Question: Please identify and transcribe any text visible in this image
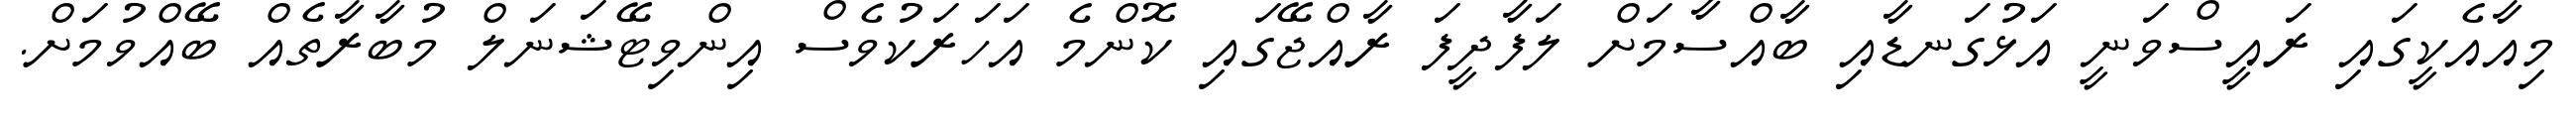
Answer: މިއާއެކީގައި ރައީސްވަނީ އަޅުގަނޑާއި ބާއްސާމަށް ލަފާދީފަ ރާއްޖޭގައި ކޮންމެ އަހަރަކުވެސް އިންވިޓޭޝަނަލް މުބާރާތެއް ބޭއްވުމަށް.